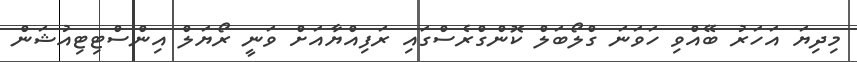
މިދިޔަ އަހަރު ބޭއްވި ހަވަނަ ގްލޯބަލް ކޮންގްރެސްގައި ރަފިއްޔާއަށް ވަނީ ރޯޔަލް އިންސްޓިޓިއުޝަން